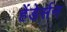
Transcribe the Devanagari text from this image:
हेंडेर्सन